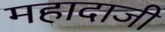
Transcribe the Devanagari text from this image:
महादाजी